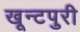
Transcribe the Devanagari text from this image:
खून्टपुरी